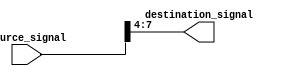
module bit_select_assign (
  input [31:0] source_signal,
  output [3:0] destination_signal
);

assign destination_signal = source_signal[7:4]; // Assign bits 7 to 4 from source signal to destination signal

endmodule